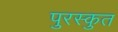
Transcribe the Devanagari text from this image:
पुरस्कुत